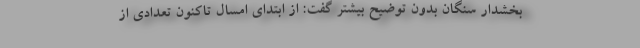
بخشدار سنگان بدون توضیح بیشتر گفت: از ابتدای امسال تاکنون تعدادی از